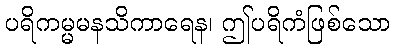
ပရိကမ္မမနသိကာရေန၊ ဤပရိကံဖြစ်သော